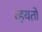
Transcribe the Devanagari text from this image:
व्हयतो